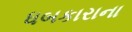
ધબકારાના